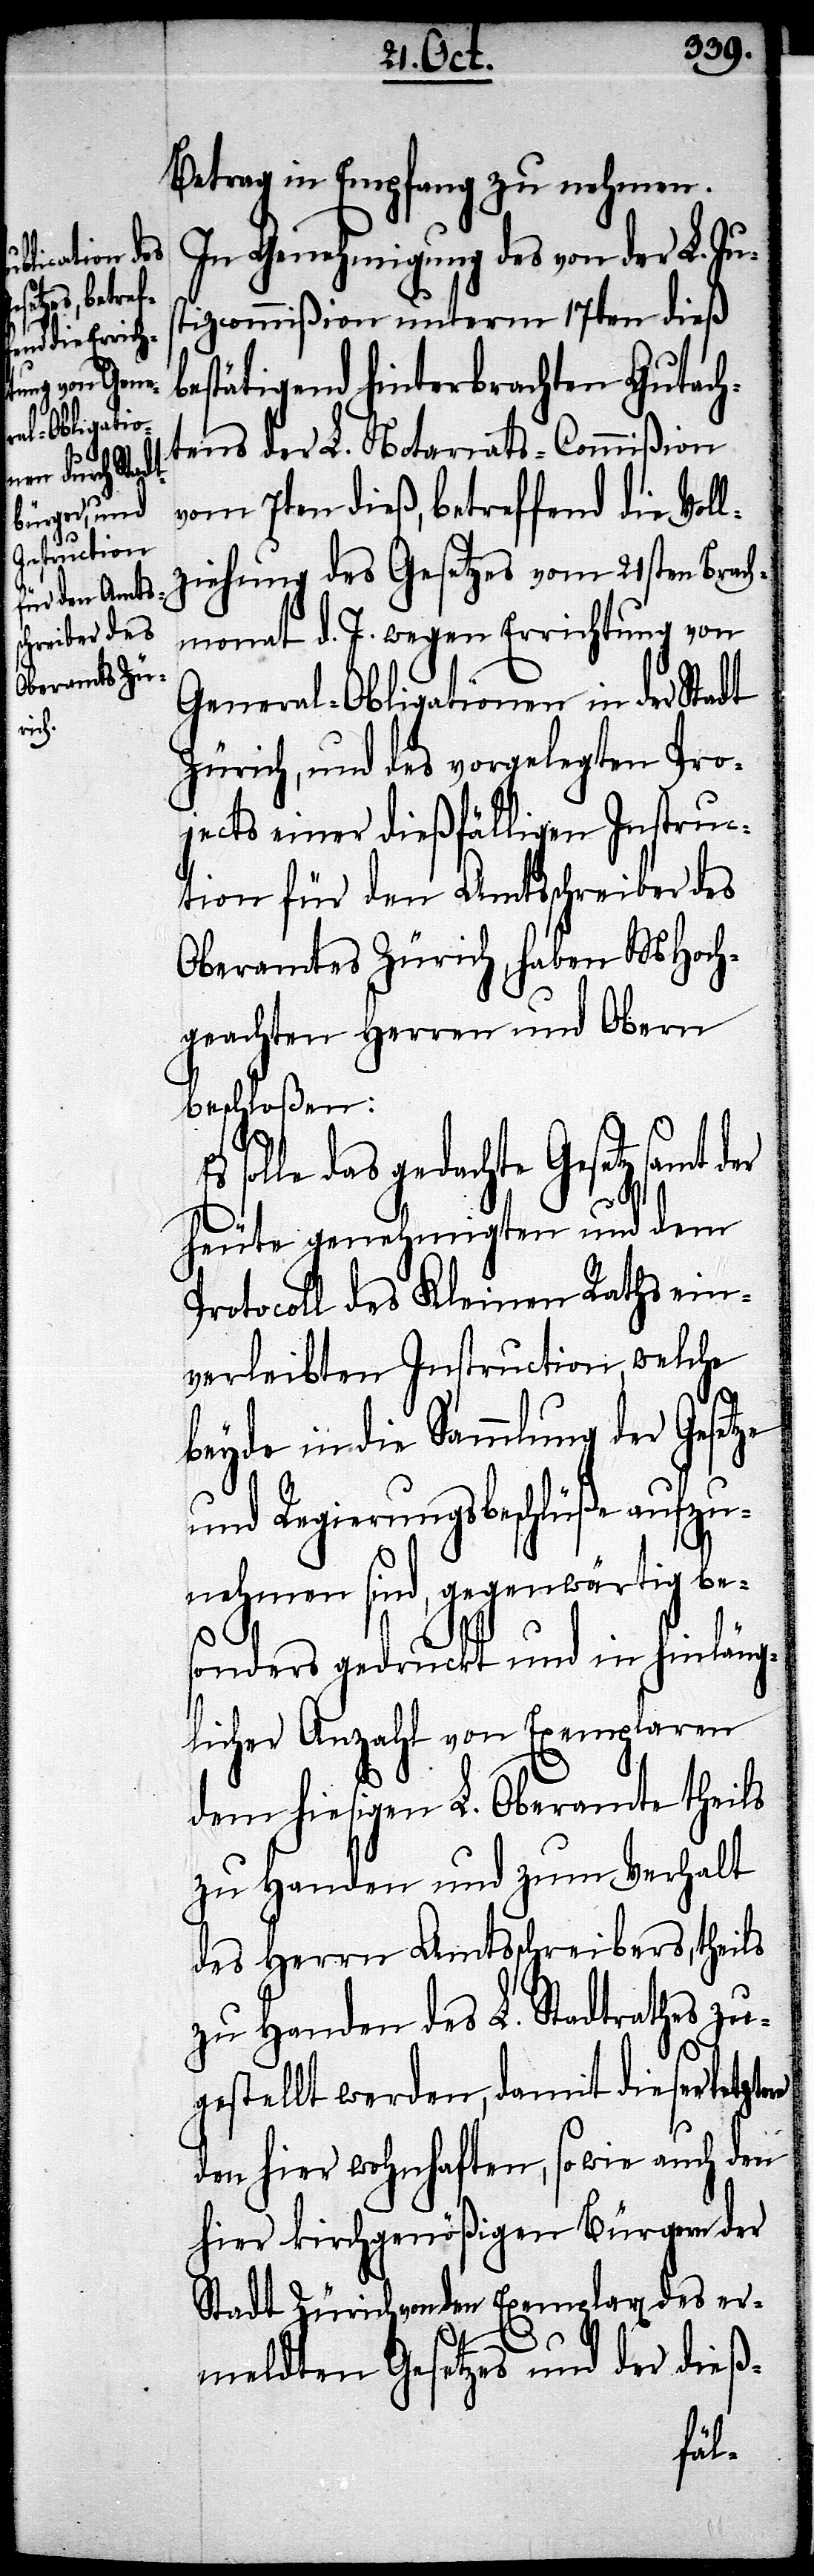
ere

Betrag in Empfang zu nehmen.
In Genehmigung des von der L. Jus¬
tizcommißion unterm 17ten dieß
bestätigend hinterbrachten Gutach¬
tens der L. Notariats-Commißion
vom 7ten dieß, betreffend die Voll¬
ziehung des Gesetzes vom 21sten Brac¬
hmonat d. J. wegen Errichtung von
General-Obligationen in der Stadt
Zürich, und des vorgelegten Pro¬
jects einer dießfälligen Instruc¬
tion für den Amtsschreiber des
Oberamtes Zürich, haben MHoch¬
geachten Herren und Obern
beschloßen:
solle das gedachte Gesetzsamt der
heute genehmigten und dem
tocoll des Kleinen Raths ein¬
verleibten Instruction, welche
beyde in die Sammlung der Gesetze
und Regierungsbeschlüße aufzu¬
nehmen sind, gegenwärtig be¬
sonders gedruckt und in hinläng¬
licher Anzahl von Exemplaren
dem hiesigen L. Oberamte theils
zu Handen und zum Verhalt
des Herrn Amtsschreibers, theils
zu Handen des L. Stadtrathes zu¬
gestellt werden, damit dieser letzt¬
den hier wohnhaften, sowie auch den
hier kirchgenößigen Bürgern der
Stadt Zürich von den Exemplar des er¬
meldten Gesetzes und der dieß-